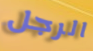
الرجل